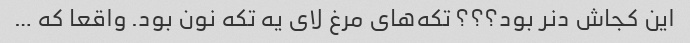
این کجاش دنر بود؟؟؟ تکه‌های مرغ لای یه تکه نون بود. واقعا که …